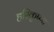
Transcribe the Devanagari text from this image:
हरिकृष्णा